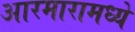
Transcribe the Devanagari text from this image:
आरमारामध्ये